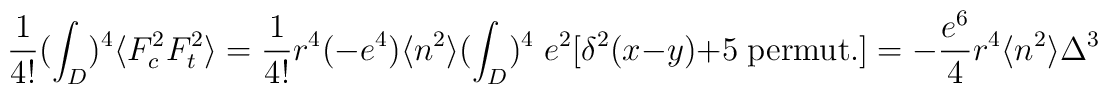
\frac{1}{4!}(\int_{D})^{4}\langle F_{c}^{2}F_{t}^{2}\rangle =\frac{1}{4!}r^{4}(-e^{4})\langle n^{2}\rangle (\int_{D})^{4}\;e^{2}[\delta^{2}(x-y)+5\;{\rm permut.}]=-\frac{e^{6}}{4}r^{4}\langle n^{2}\rangle\Delta^{3}